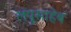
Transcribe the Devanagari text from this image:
लंपूसाहेब